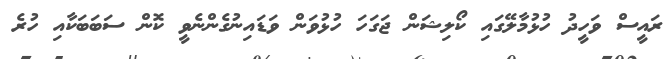
ރައީސް ވަހީދު ހުޅުމާލޭގައި ކޯލިޝަން ޖަގަހަ ހުޅުވަން ވަޑައިނުގެންނެވީ ކޮން ސަބަބަކާއި ހުރެ